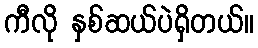
ကီလို နှစ်ဆယ်ပဲရှိတယ်။